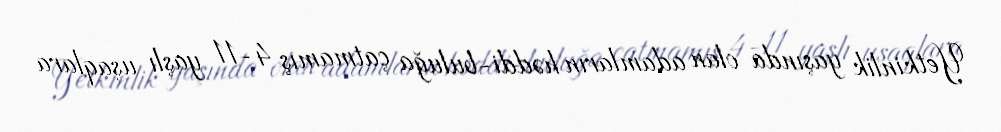
Yetkinlik yaşında olan adamların həddi-buluğa çatmamış 4-11 yaşlı uşaqlara